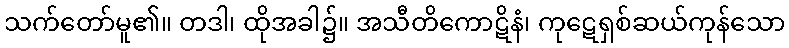
သက်တော်မူ၏။ တဒါ၊ ထိုအခါ၌။ အသီတိကောဋိနံ၊ ကုဋေရှစ်ဆယ်ကုန်သော